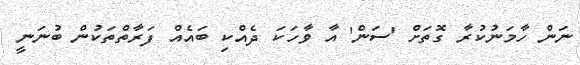
ނަން ހާމަނުކުރާ ގޮތަށް 'ސަން' އާ ވާހަކަ ދެއްކި ބައެއް ފަރާތްތަކުން ބުނަނީ